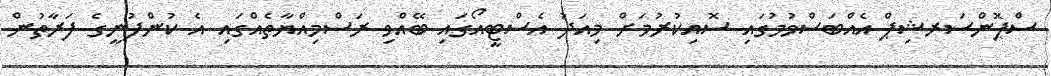
ސްޕޮންސަރޝިޕް އެއްބަސްވުމުގައި ސޮއިކުރުމަށް މިއަދު އެސްޓީއޯގައި ބޭއްވި ރަސްމިއްޔާތެއްގައި އެ ކުންފުނީގެ ފަރާތުން